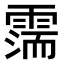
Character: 𩄋